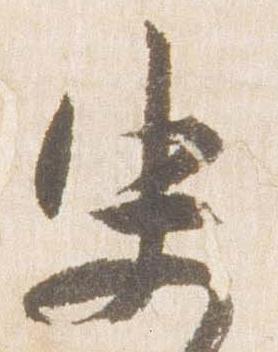
史